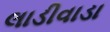
લાડીવાડા